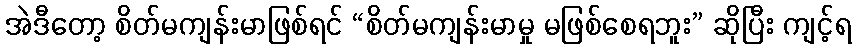
အဲဒီတော့ စိတ်မကျန်းမာဖြစ်ရင် “စိတ်မကျန်းမာမှု မဖြစ်စေရဘူး” ဆိုပြီး ကျင့်ရ